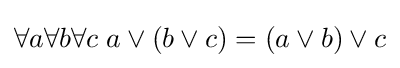
\forall a\forall b\forall c\;a\vee (b\vee c)=(a\vee b)\vee c